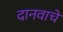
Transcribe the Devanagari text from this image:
दानवाचे